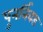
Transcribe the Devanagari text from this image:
पुनर्निवड